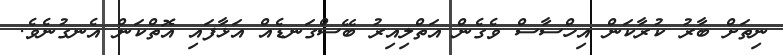
ނިތަށް ބާރު ކުރާކަން އިހްސާސް ވެގެން އަތްލިއިރު ބޭސްގަނޑެއް އަޅާފައި އޮތްކަން އެނގުނެވެ.